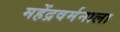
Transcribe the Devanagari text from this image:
महेंद्रवर्मनाला